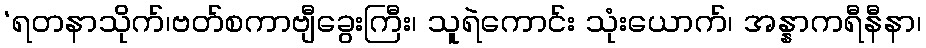
‘ရတနာသိုက်၊ဗတ်စကာဗျီခွေးကြီး၊ သူရဲကောင်း သုံးယောက်၊ အန္နာကရီနီနာ၊